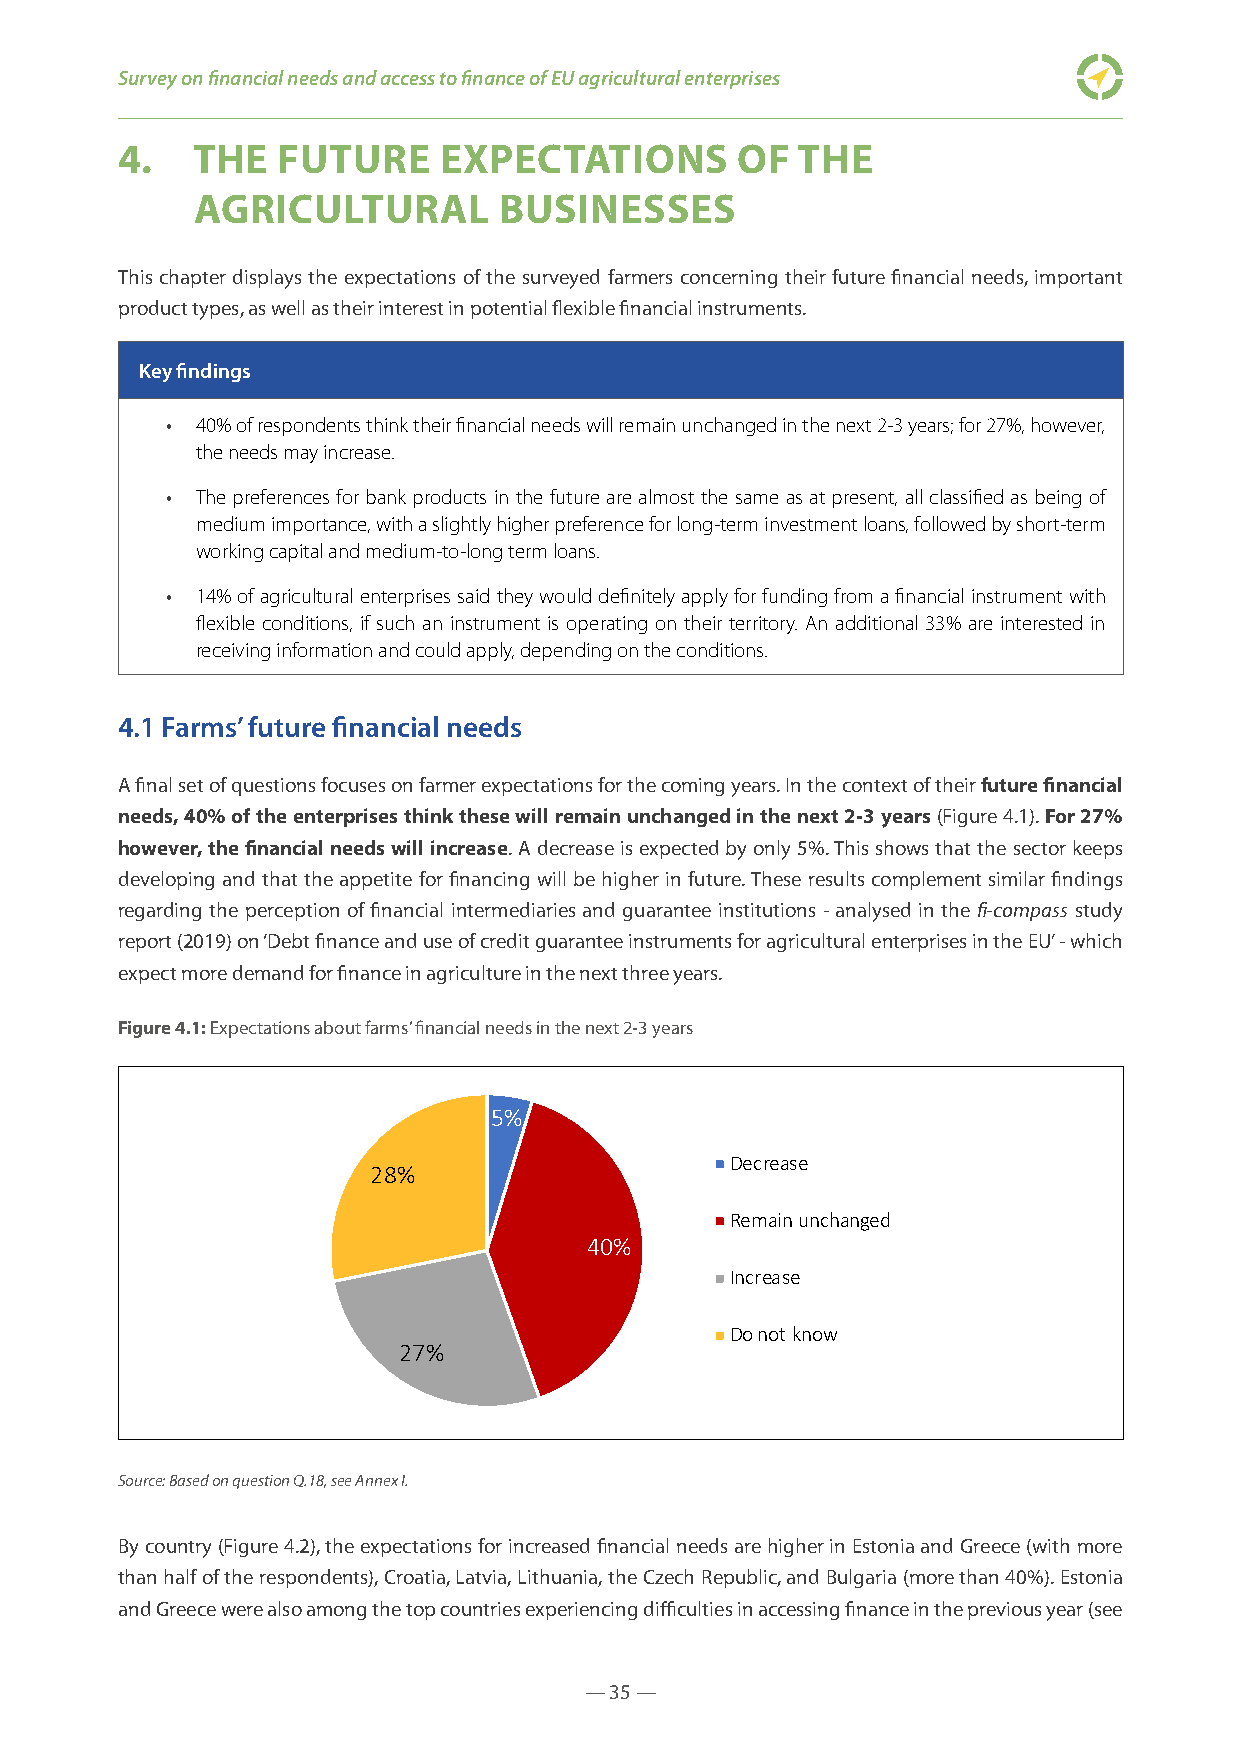
Survey on financial needs and access to finance of EU agricultural enterprises
 4.   THE  FUTURE     EXPECTATIONS        OF  THE
 AGRICULTURAL        BUSINESSES
 This chapter displays the expectations of the surveyed farmers concerning their future financial needs, important
 product types, as well as their interest in potential flexible financial instruments.
 Key findings
 • 40% of respondents think their financial needs will remain unchanged in the next 2-3 years; for 27%, however,
 the needs may increase.
 • The preferences for bank products in the future are almost the same as at present, all classified as being of
 medium importance, with a slightly higher preference for long-term investment loans, followed by short-term
 working capital and medium-to-long term loans.
 • 14% of agricultural enterprises said they would definitely apply for funding from a financial instrument with
 flexible conditions, if such an instrument is operating on their territory. An additional 33% are interested in
 receiving information and could apply, depending on the conditions.
 4.1 Farms’ future financial needs
 A final set of questions focuses on farmer expectations for the coming years. In the context of their future financial
 needs, 40% of the enterprises think these will remain unchanged in the next 2-3 years (Figure 4.1). For 27%
 however, the financial needs will increase. A decrease is expected by only 5%. This shows that the sector keeps
 developing and that the appetite for financing will be higher in future. These results complement similar findings
 regarding the perception of financial intermediaries and guarantee institutions - analysed in the fi-compass study
 report (2019) on ‘Debt finance and use of credit guarantee instruments for agricultural enterprises in the EU’ - which
 expect more demand for finance in agriculture in the next three years.
 Figure 4.1: Expectations about farms’ financial needs in the next 2-3 years
 5%             5%
 Decrease           Decrease
 28%            28%
 Remain unchanged
 Remain unchanged
 40%
 40%
 Increase
 Increase
 27%                                 Do not know
 27%                                      Do not know
 Source: Based on question Q.18, see Annex I.
 By country (Figure 4.2), the expectations for increased financial needs are higher in Estonia and Greece (with more
 than half of the respondents), Croatia, Latvia, Lithuania, the Czech Republic, and Bulgaria (more than 40%). Estonia
 and Greece were also among the top countries experiencing difficulties in accessing finance in the previous year (see
 — 35 —